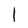
Character: I